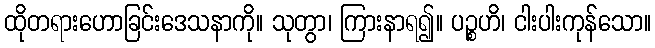
ထိုတရားဟောခြင်းဒေသနာကို။ သုတွာ၊ ကြားနာရ၍။ ပဉ္စဟိ၊ ငါးပါးကုန်သော။